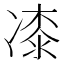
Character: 𭂜